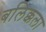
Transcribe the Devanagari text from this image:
बलिक्कला